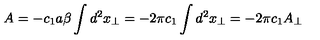
A = - c _ { 1 } a \beta \int d ^ { 2 } x _ { \perp } = - 2 \pi c _ { 1 } \int d ^ { 2 } x _ { \perp } = - 2 \pi c _ { 1 } A _ { \perp }